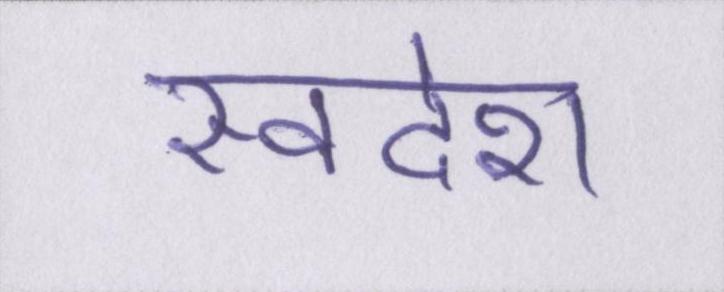
स्वदेश